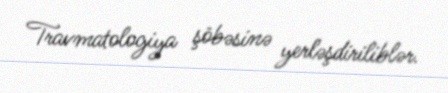
Travmatologiya şöbəsinə yerləşdiriliblər.